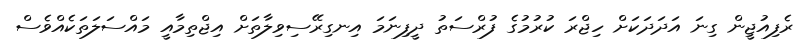
ރެފިއުޖީން ގިނަ އަދަދަކަށް ހިޖްރަ ކުރުމުގެ ފުރްސަތު ދީފިނަމަ އިނގިރޭސިވިލާތަށް އިޖްތިމާއީ މައްސަލަތަކެއްވެސް